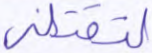
لتقتلني